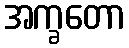
အက္ခတော